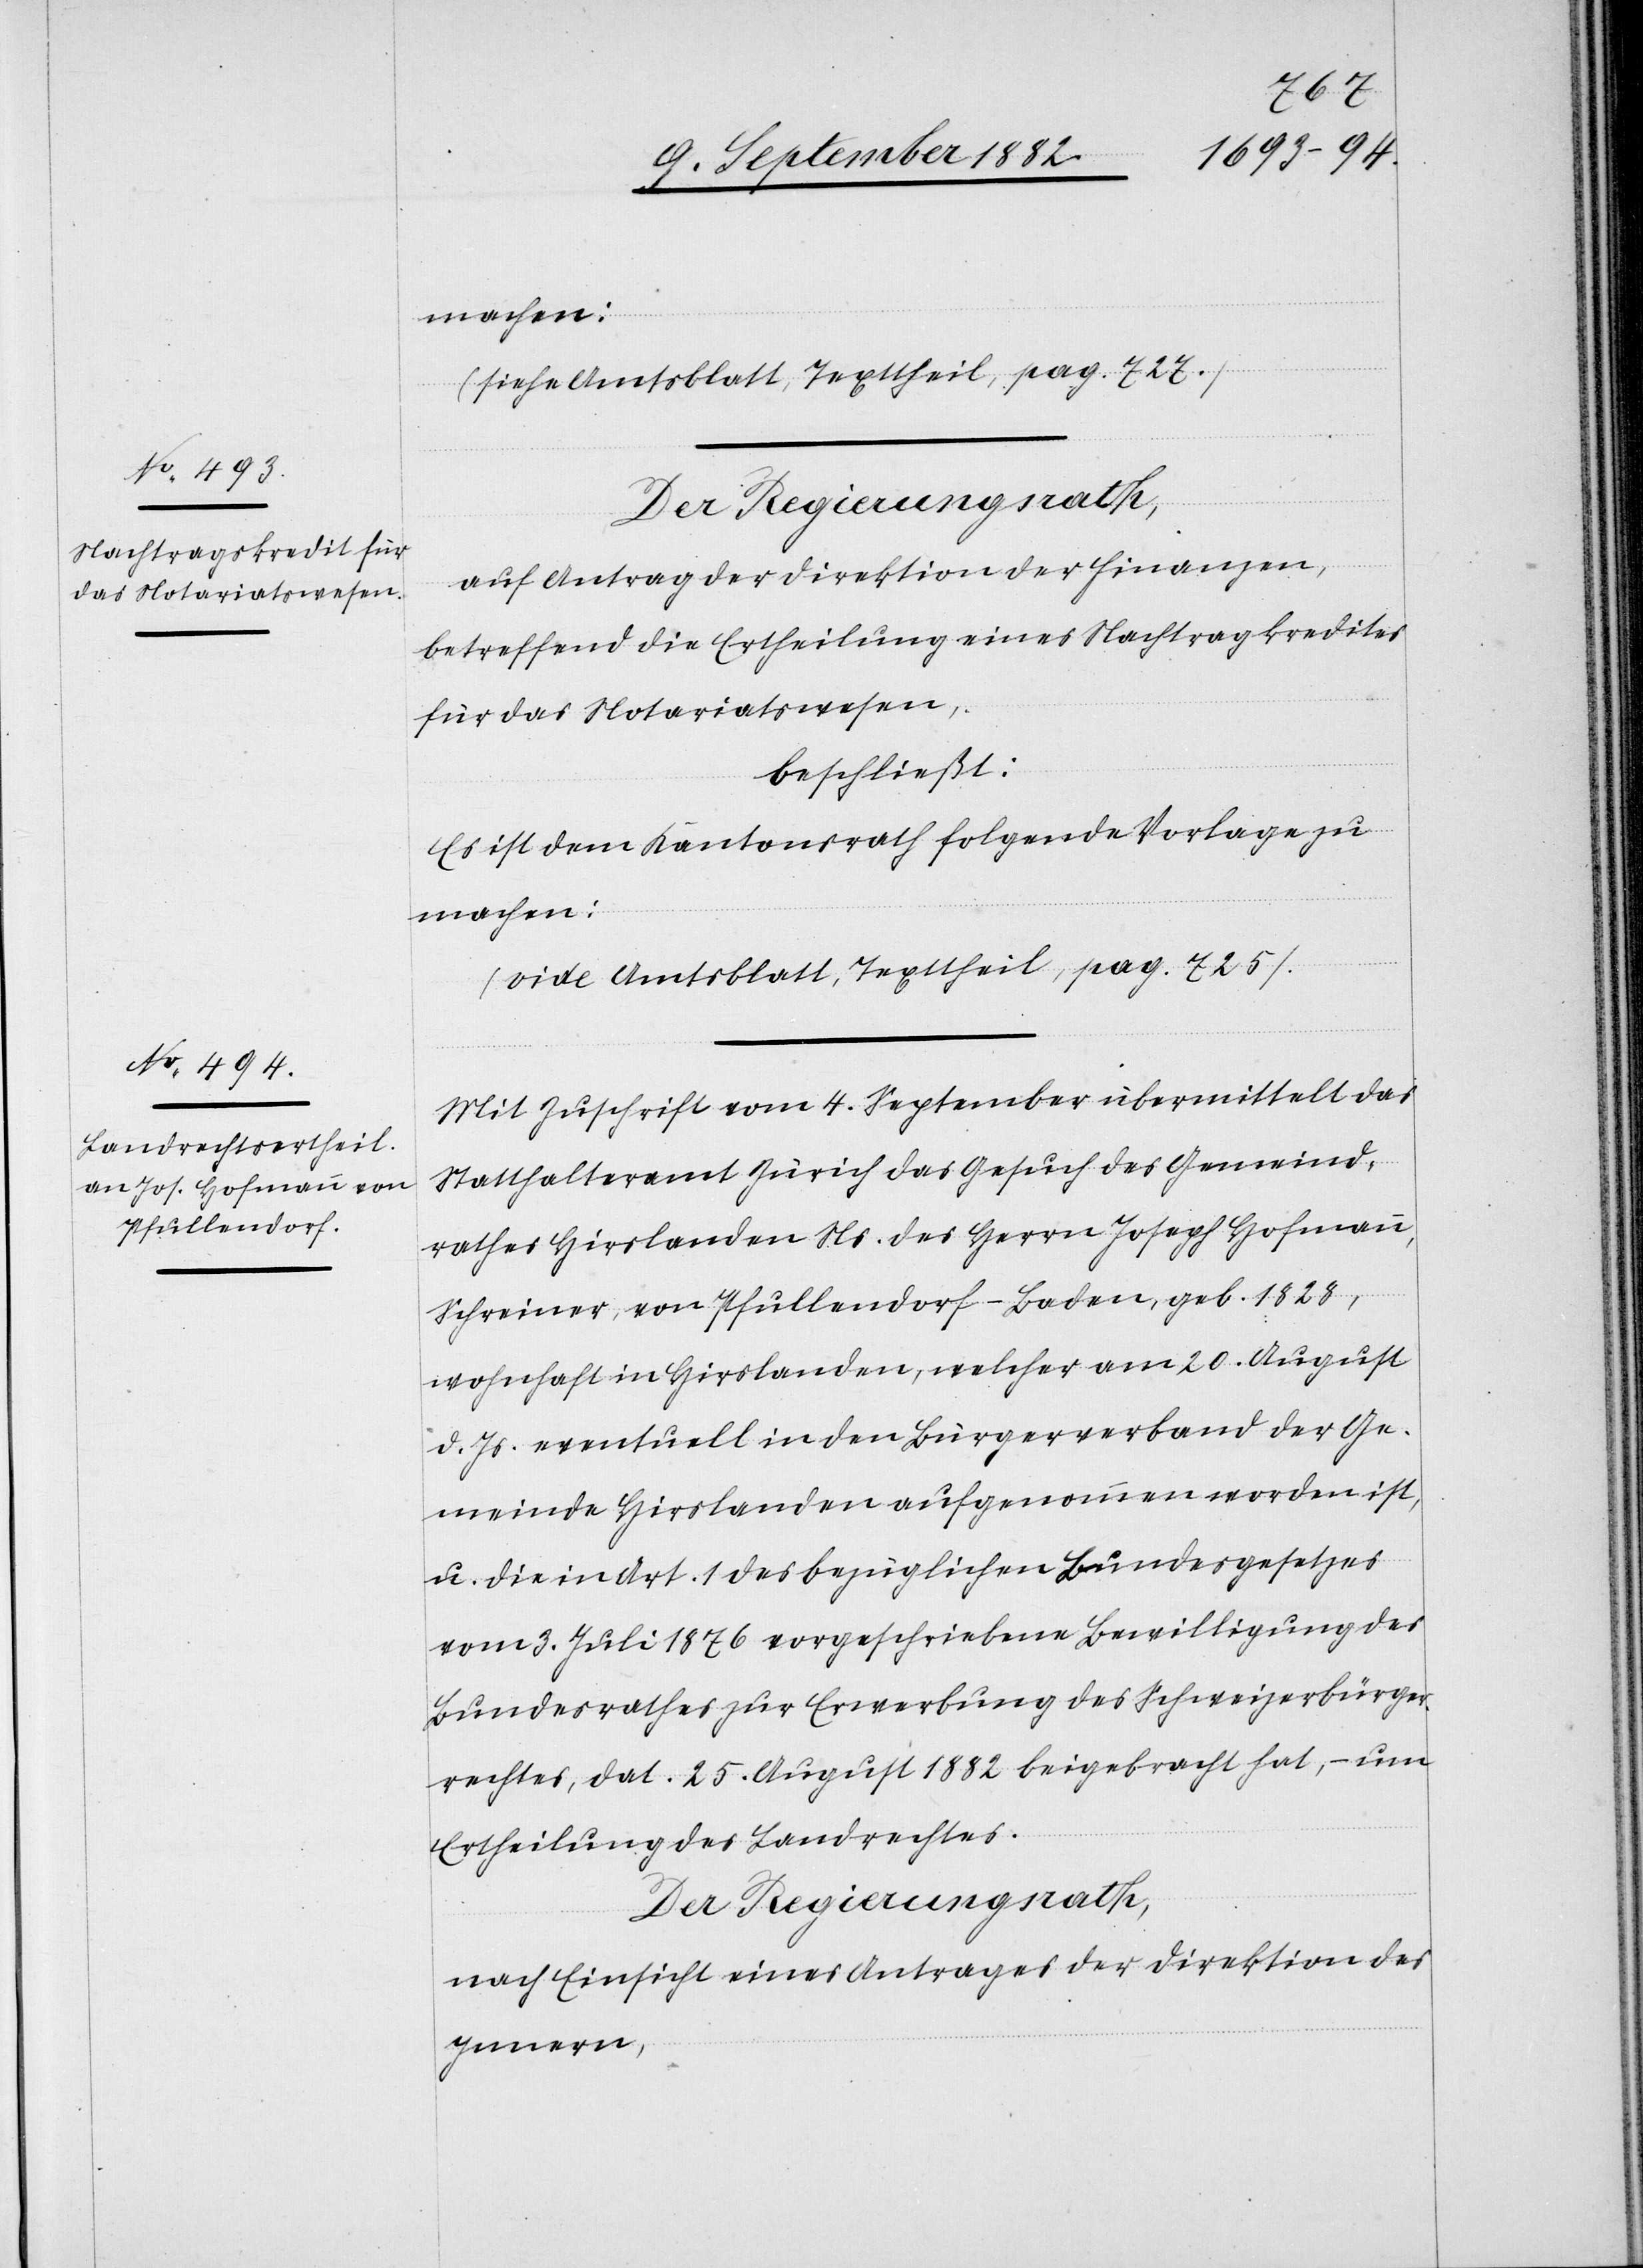
machen:
(Siehe Amtsblatt, Texttheil, pag. 727.)
Der Regierungsrath,
auf Antrag der Direktion der Finanzen,
betreffend die Ertheilung eines Nachtragskredites
für das Notariatswesen,
beschließt:
Es ist dem Kantonsrath folgende Vorlage zu
machen:
(vide Amtsblatt, Texttheil, pag. 725.)
Mit Zuschrift vom 4. September übermittelt das
Statthalteramt Zürich das Gesuch des Gemeind¬
rathes Hirslanden Ns. des Herrn Joseph Hofmann,
Schreiner, von Pfullendorf - Baden, geb. 1828,
wohnhaft in Hirslanden, welcher am 20. August
d. Js. eventuell in den Bürgerverband der Ge¬
meinde Hirslanden aufgenommen worden ist,
vom 3. Juli 1876 vorgeschriebene Bewilligung des
Bundesrathes zur Erwerbung des Schweizerbürger¬
rechtes, dat. 25. August 1882, beigebracht hat, – um
Ertheilung des Landrechtes.
nach Einsicht eines Antrages der Direktion des
Innern,